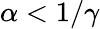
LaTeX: \alpha<1/\gamma